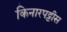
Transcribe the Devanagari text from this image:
किनारपट्टीस